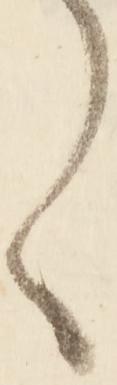
く